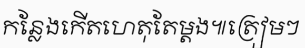
កន្លែងកើតហេតុតែម្តង៕ត្រៀមៗ